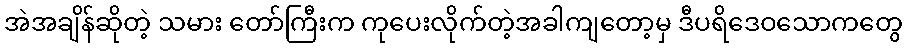
အဲအချိန်ဆိုတဲ့ သမား တော်ကြီးက ကုပေးလိုက်တဲ့အခါကျတော့မှ ဒီပရိဒေဝသောကတွေ